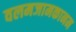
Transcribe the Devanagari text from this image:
वलमजामकानम